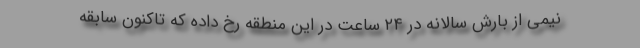
نیمی از بارش سالانه در ۲۴ ساعت در این منطقه رخ داده که تاکنون سابقه